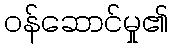
ဝန်ဆောင်မှု၏